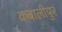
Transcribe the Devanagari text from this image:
कबालीपुर